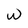
Character: w